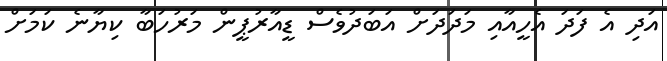
އަދި އެ ފަދަ އެހީއާއި މަދަދަށް އަބަދުވެސް ޑީއާރުޕީން މަރުހަބާ ކިޔާނެ ކަމަށް